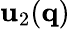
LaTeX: \mathbf{u}_{2}(\mathbf{{q}})